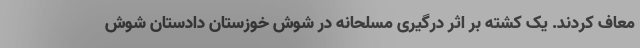
معاف کردند. یک کشته بر اثر درگیری مسلحانه در شوش خوزستان دادستان شوش